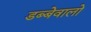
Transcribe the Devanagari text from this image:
डब्बेवालो